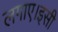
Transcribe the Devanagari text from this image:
लगाए।इसी